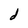
Character: d